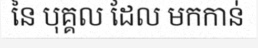
នៃ បុគ្គល ដែល មកកាន់